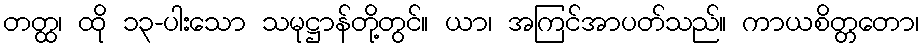
တတ္ထ၊ ထို ၁၃-ပါးသော သမုဋ္ဌာန်တို့တွင်။ ယာ၊ အကြင်အာပတ်သည်။ ကာယစိတ္တတော၊